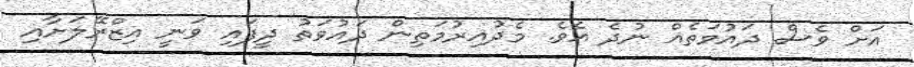
އަށް ވެސް ދައުވަތެއް ނުދެ އެވެ. މެދުއިރުމަތިން ދައުވަތު ދީފައި ވަނީ އިޒްރޭލަށާއި